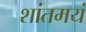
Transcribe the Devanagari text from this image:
शांतमयं